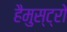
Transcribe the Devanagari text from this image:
हैमुस्ट्रो